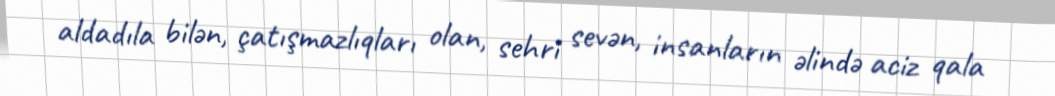
aldadıla bilən, çatışmazlıqları olan, sehri sevən, insanların əlində aciz qala